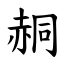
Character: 䞒